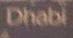
dhabi